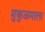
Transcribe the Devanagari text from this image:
मुकुळमाला